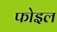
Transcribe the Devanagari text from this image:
फोइल